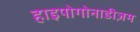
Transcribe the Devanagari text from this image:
हाइपोगोनाडीज़म